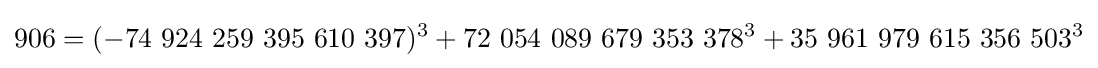
906=(-74\ 924\ 259\ 395\ 610\ 397)^{3}+72\ 054\ 089\ 679\ 353\ 378^{3}+35\ 961\ 979\ 615\ 356\ 503^{3}